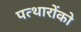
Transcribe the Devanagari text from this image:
पत्थारोंको